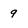
Character: 9